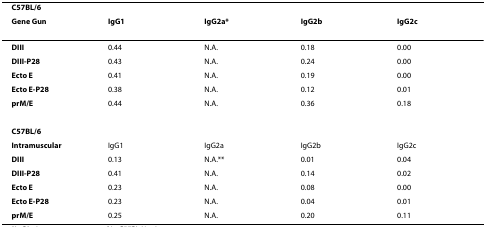
<table><thead><tr><td><b>C57BL/6</b></td><td></td><td></td><td></td><td></td></tr><tr><td><b>Gene Gun</b></td><td><b>IgG1</b></td><td><b>IgG2a*</b></td><td><b>IgG2b</b></td><td><b>IgG2c</b></td></tr></thead><tbody><tr><td><b>DIII</b></td><td>0.44</td><td>N.A.</td><td>0.18</td><td>0.00</td></tr><tr><td><b>DIII-P28</b></td><td>0.43</td><td>N.A.</td><td>0.24</td><td>0.00</td></tr><tr><td><b>Ecto E</b></td><td>0.41</td><td>N.A.</td><td>0.19</td><td>0.00</td></tr><tr><td><b>Ecto E-P28</b></td><td>0.38</td><td>N.A.</td><td>0.12</td><td>0.01</td></tr><tr><td><b>prM/E</b></td><td>0.44</td><td>N.A.</td><td>0.36</td><td>0.18</td></tr><tr><td><b>C57BL/6</b></td><td></td><td></td><td></td><td></td></tr><tr><td><b>Intramuscular</b></td><td>IgG1</td><td>IgG2a</td><td>IgG2b</td><td>IgG2c</td></tr><tr><td><b>DIII</b></td><td>0.13</td><td>N.A.**</td><td>0.01</td><td>0.04</td></tr><tr><td><b>DIII-P28</b></td><td>0.41</td><td>N.A.</td><td>0.14</td><td>0.02</td></tr><tr><td><b>Ecto E</b></td><td>0.23</td><td>N.A.</td><td>0.08</td><td>0.00</td></tr><tr><td><b>Ecto E-P28</b></td><td>0.23</td><td>N.A.</td><td>0.04</td><td>0.01</td></tr><tr><td><b>prM/E</b></td><td>0.25</td><td>N.A.</td><td>0.20</td><td>0.11</td></tr></tbody></table>